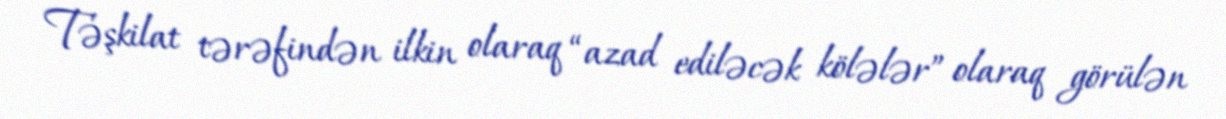
Təşkilat tərəfindən ilkin olaraq “azad ediləcək kölələr” olaraq görülən